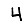
Digit: 4